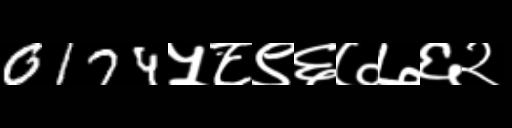
Text: 0174५८९६७७६२